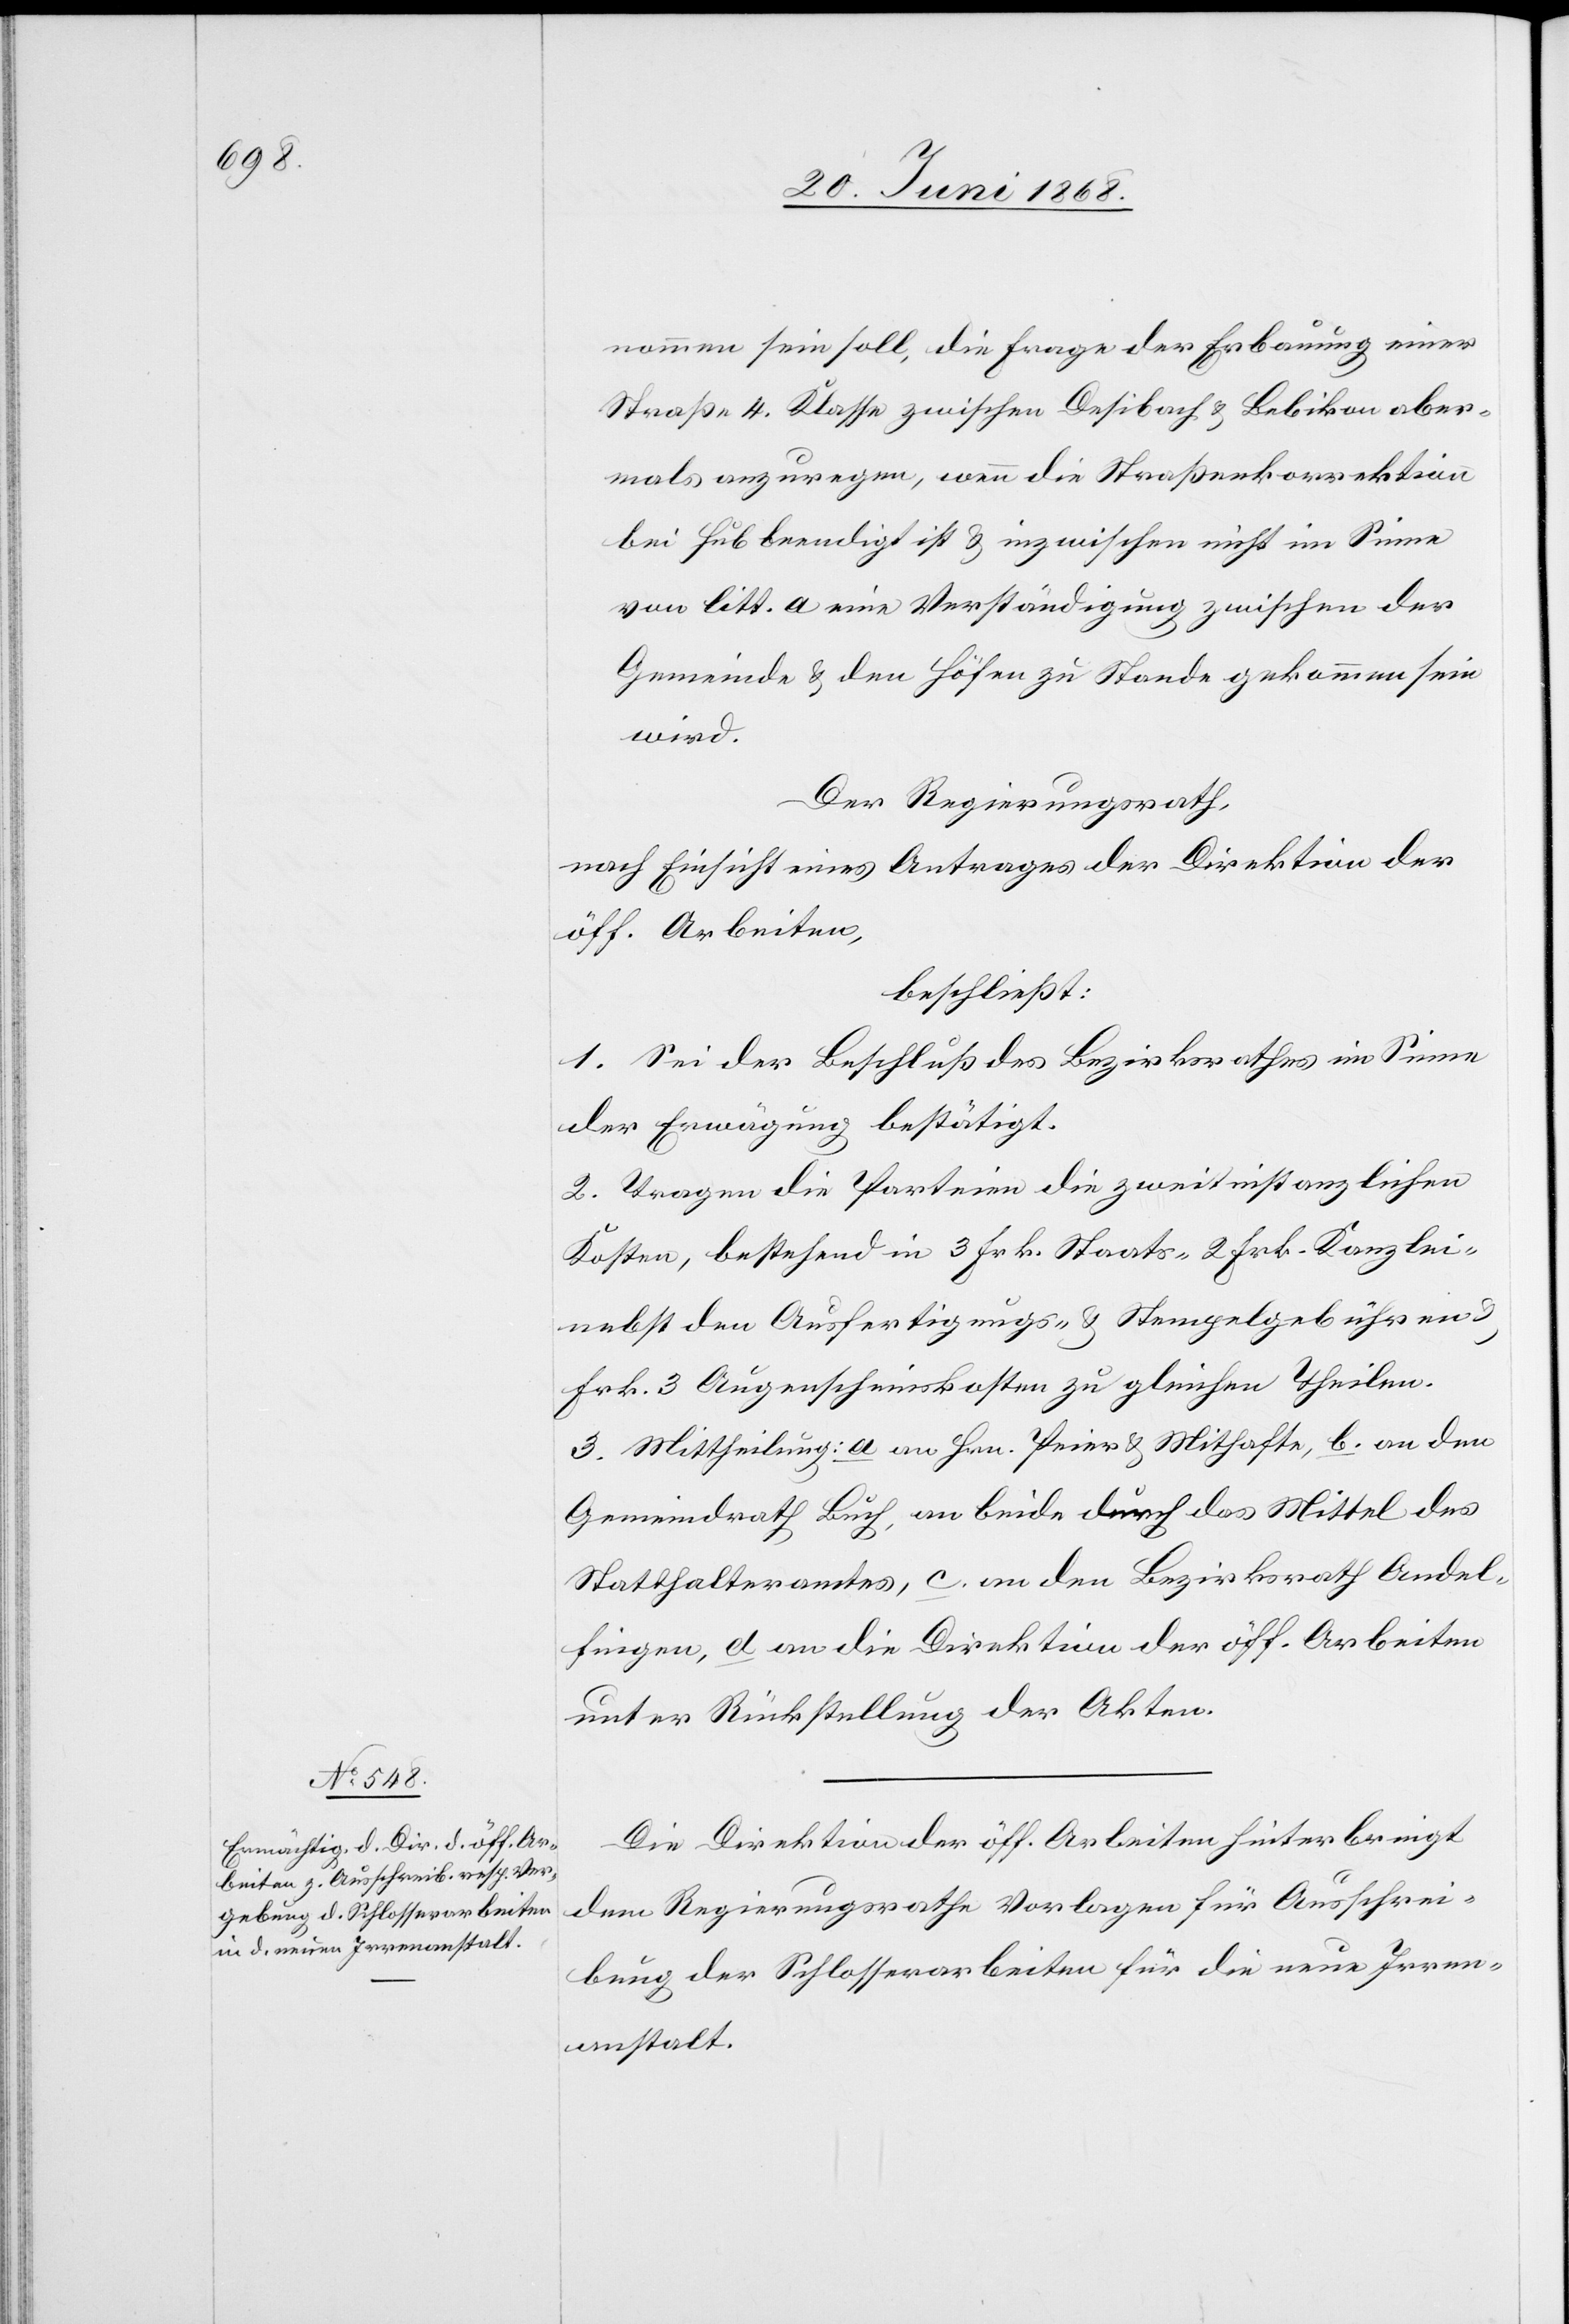
nommen sein soll, die Frage der Erbauung einer
Straße 4. Klasse zwischen Desibach & Bebikon aber¬
mals anzuregen, wenn die Straßenkorrektion
bei Hub beendigt ist & inzwischen nicht im Sinne
von litt. a eine Verständigung zwischen der
Gemeinde & den Höfen zu Stande gekommen sein
wird.
Der Regierungsrath,
nach Einsicht eines Antrages der Direktion der
öff. Arbeiten,
beschließt:
1. Sei der Beschluß des Bezirksrathes im Sinne
der Erwägung bestätigt.
2. Tragen die Parteien die zweitinstanzlichen
Kosten, bestehend in 3 Frk. Staats-[,] 2 Frk. Kanzlei-[,]
nebst den Ausfertigungs- & Stempelgebühren &
Frk. 3 Augenscheinskosten zu gleichen Theilen.
3. Mittheilung: a. an Hrn. Peier & Mithafte, b. an den
Gemeindrath Buch, an beide durch das Mittel des
Statthalteramtes, c. an den Bezirksrath Andel¬
fingen, d an die Direktion der öff. Arbeiten
unter Rückstellung der Akten.
Die Direktion der öff. Arbeiten hinterbringt
dem Regierungsrathe Vorlagen für Ausschrei¬
bung der Schlosserarbeiten für die neue Irren¬
anstalt.